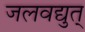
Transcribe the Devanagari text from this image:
जलवद्युत्‌